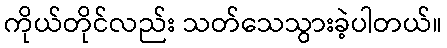
ကိုယ်တိုင်လည်း သတ်သေသွားခဲ့ပါတယ်။